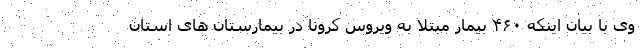
وی با بیان اینکه ۴۶۰ بیمار مبتلا به ویروس کرونا در بیمارستان های استان